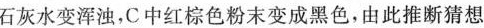
石灰水变浑浊，C中红棕色粉末变成黑色，由此推断猜想